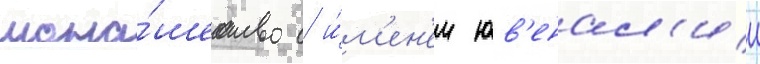
мона́шество с и́м'ен'ем юв'енал'ии